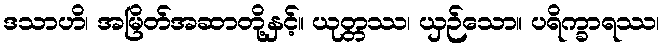
ဒသာဟိ၊ အမြိတ်အဆာတို့နှင့်။ ယုတ္တဿ၊ ယှဉ်သော။ ပရိက္ခာရဿ၊